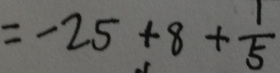
= - 2 5 + 8 + \frac { 1 } { 5 }